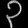
Digit: ၃